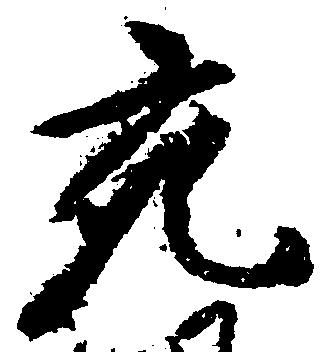
充